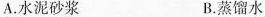
A.水泥砂浆 B.蒸馏水